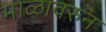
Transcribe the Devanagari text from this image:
माळावरुन